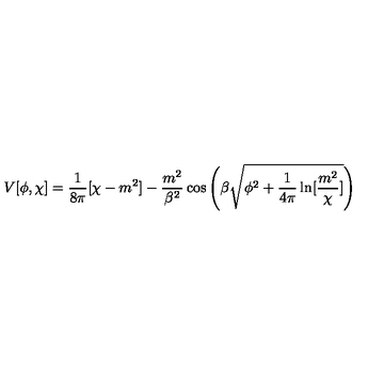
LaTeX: V [ \phi , \chi ] = \frac { 1 } { 8 \pi } [ \chi - m ^ { 2 } ] - \frac { m ^ { 2 } } { \beta ^ { 2 } } \cos \left( \beta \sqrt { \phi ^ { 2 } + \frac { 1 } { 4 \pi } \ln [ \frac { m ^ { 2 } } { \chi } ] } \right)